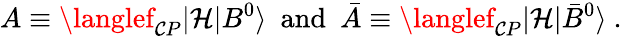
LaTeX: A\equiv\langlef_{\mathcal{C}P}|\mathcal{{H}}|B^{0}\rangle\ \ \textrm{{and}}\ \ \bar{{A}}\equiv\langlef_{\mathcal{C}P}|\mathcal{{H}}|\bar{{B}}^{0}\rangle\ .